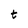
Character: t